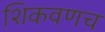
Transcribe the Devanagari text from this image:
शिकवणच